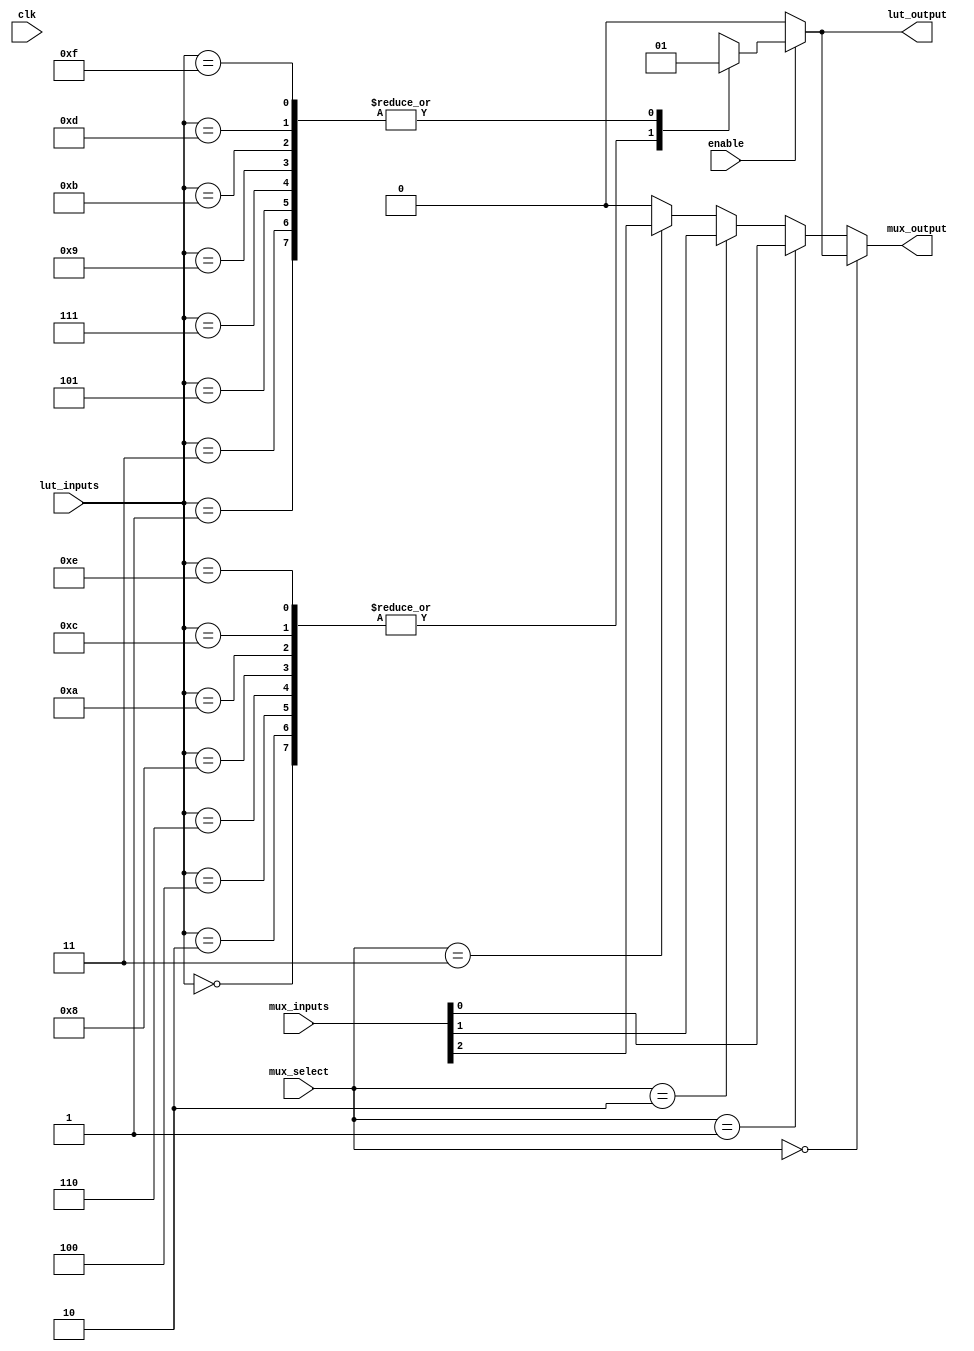
module CLB (
    input wire [3:0] lut_inputs,        // 4 inputs to the LUT
    input wire [1:0] mux_select,        // Select signal for the multiplexer
    input wire [3:0] mux_inputs,        // Inputs to the multiplexer
    input wire clk,                     // Clock signal for synchronous operations
    input wire enable,                  // Enable signal for the CLB
    output wire lut_output,             // Output from the LUT
    output wire mux_output              // Output from the multiplexer
);

    // Configuration memory for LUT (4-input)
    reg [15:0] lut_config;              // 16-bit configuration for LUT (2^4 combinations)
    
    // LUT implementation
    always @(*) begin
        if (enable) begin
            case (lut_inputs)
                4'b0000: lut_output = lut_config[0];   // LUT output for input 0000
                4'b0001: lut_output = lut_config[1];   // LUT output for input 0001
                4'b0010: lut_output = lut_config[2];   // LUT output for input 0010
                4'b0011: lut_output = lut_config[3];   // LUT output for input 0011
                4'b0100: lut_output = lut_config[4];   // LUT output for input 0100
                4'b0101: lut_output = lut_config[5];   // LUT output for input 0101
                4'b0110: lut_output = lut_config[6];   // LUT output for input 0110
                4'b0111: lut_output = lut_config[7];   // LUT output for input 0111
                4'b1000: lut_output = lut_config[8];   // LUT output for input 1000
                4'b1001: lut_output = lut_config[9];   // LUT output for input 1001
                4'b1010: lut_output = lut_config[10];  // LUT output for input 1010
                4'b1011: lut_output = lut_config[11];  // LUT output for input 1011
                4'b1100: lut_output = lut_config[12];  // LUT output for input 1100
                4'b1101: lut_output = lut_config[13];  // LUT output for input 1101
                4'b1110: lut_output = lut_config[14];  // LUT output for input 1110
                4'b1111: lut_output = lut_config[15];  // LUT output for input 1111
                default: lut_output = 1'b0;             // Default case
            endcase
        end else begin
            lut_output = 1'b0; // Disable output if not enabled
        end
    end

    // Multiplexer implementation
    assign mux_output = (mux_select == 2'b00) ? lut_output :
                        (mux_select == 2'b01) ? mux_inputs[0] :
                        (mux_select == 2'b10) ? mux_inputs[1] :
                        (mux_select == 2'b11) ? mux_inputs[2] : 1'b0;

    // Configuration memory initialization (for simulation purposes)
    initial begin
        lut_config = 16'b1010101010101010; // Example configuration for LUT
    end

endmodule